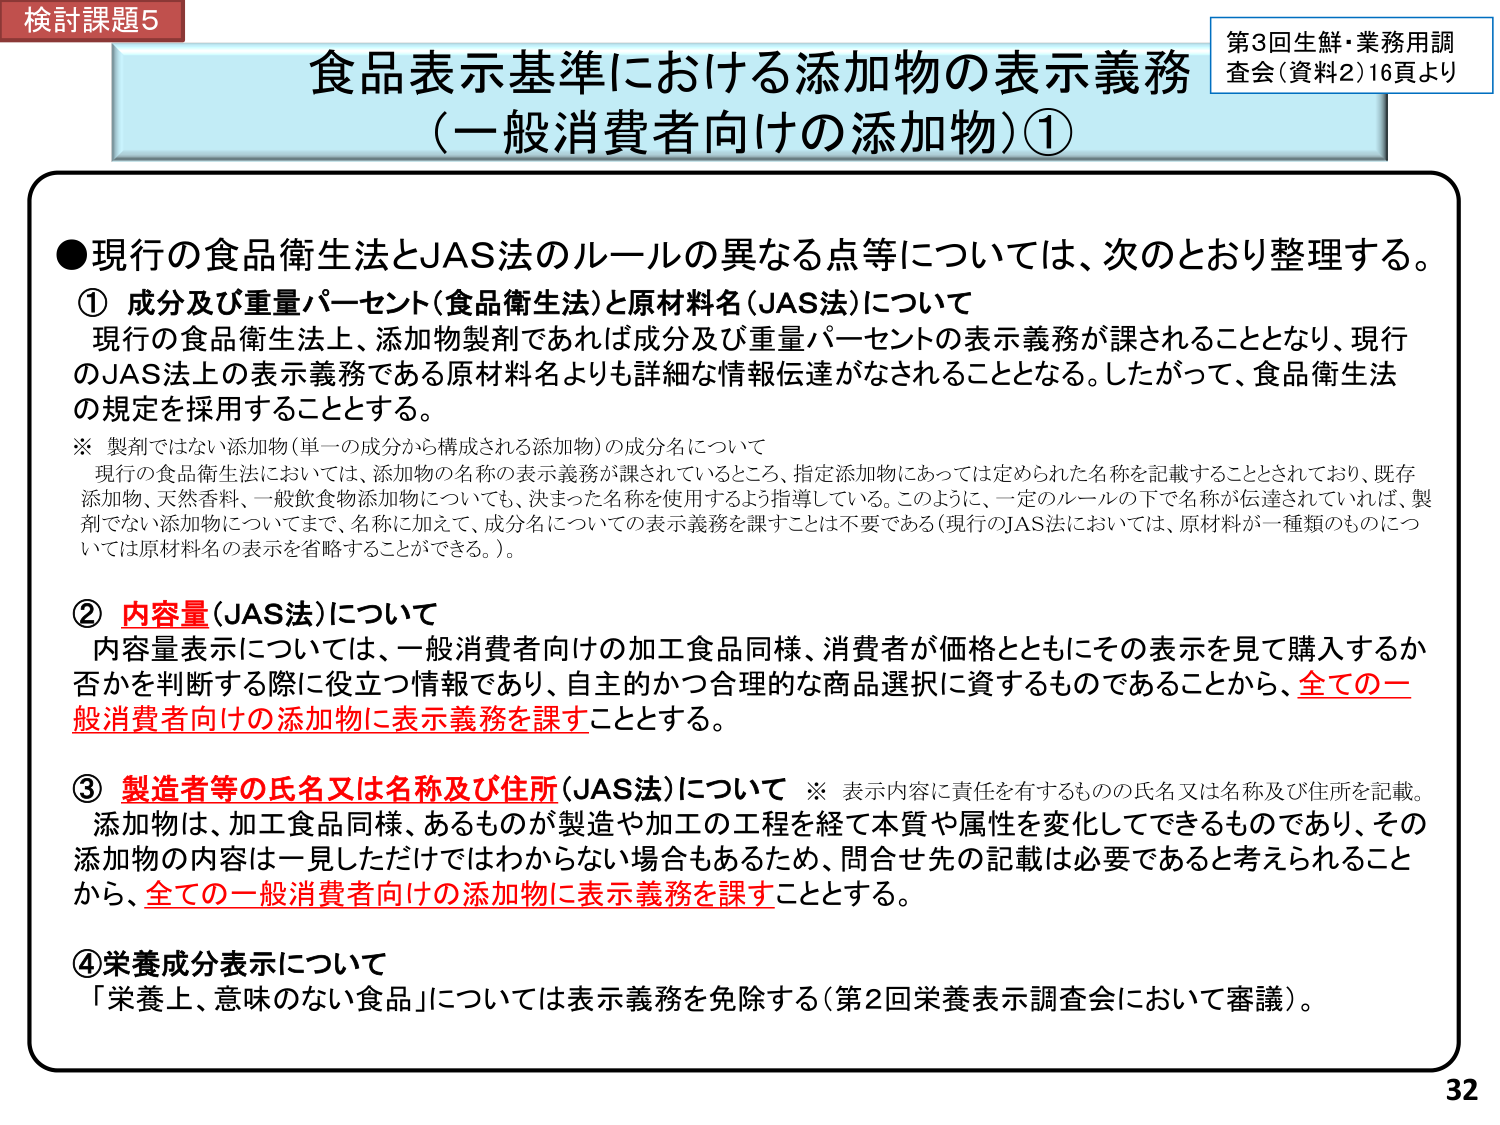
検討課題5
食品表示基準における添加物の表示義務
（一般消費者向けの添加物）①

第3回生鮮・業務用調査会（資料2）16頁より

●現行の食品衛生法とJAS法のルールの異なる点等については、次のとおり整理する。

① 成分及び重量パーセント（食品衛生法）と原材料名（JAS法）について
現行の食品衛生法上、添加物製剤であれば成分及び重量パーセントの表示義務が課されることとなり、現行のJAS法上の表示義務である原材料名よりも詳細な情報伝達がなされることとなる。したがって、食品衛生法の規定を採用することとする。

※ 製剤ではない添加物（単一の成分から構成される添加物）の成分名について
現行の食品衛生法においては、添加物の名称の表示義務が課されているところ、指定添加物にあっては定められた名称を記載することとされており、既存添加物、天然香料、一般飲食物添加物についても、決まった名称を使用するよう指導している。このように、一定のルールの下で名称が伝達されていれば、製剤でない添加物についてまで、名称に加えて、成分名についての表示義務を課すことは不要である（現行のJAS法においては、原材料が一種類のものについては原材料名の表示を省略することができる。）。

② 内容量（JAS法）について
内容量表示については、一般消費者向けの加工食品同様、消費者が価格とともにその表示を見て購入するか否かを判断する際に役立つ情報であり、自主的かつ合理的な商品選択に資するものであることから、全ての一般消費者向けの添加物に表示義務を課すこととする。

③ 製造者等の氏名又は名称及び住所（JAS法）について　※ 表示内容に責任を有するものの氏名又は名称及び住所を記載。
添加物は、加工食品同様、あるものが製造や加工の工程を経て本質や属性を変化してできるものであり、その添加物の内容は一見しただけではわからない場合もあるため、問合せ先の記載は必要であると考えられることから、全ての一般消費者向けの添加物に表示義務を課すこととする。

④ 栄養成分表示について
「栄養上、意味のない食品」については表示義務を免除する（第2回栄養表示調査会において審議）。

32